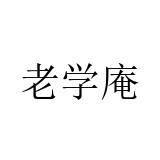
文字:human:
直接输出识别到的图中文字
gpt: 老学庵